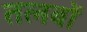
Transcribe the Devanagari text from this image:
तलबों